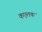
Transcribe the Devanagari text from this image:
कएलक